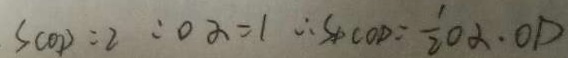
S _ { C O D } = 2 : o \alpha = 1 \therefore S _ { \Delta C O D } = \frac { 1 } { 2 } O \alpha \cdot O D